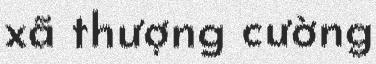
xã thượng cường